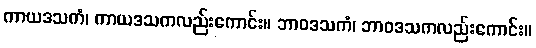
ကာယဒသကံ၊ ကာယဒသကလည်းကောင်း။ ဘာဝဒသကံ၊ ဘာဝဒသကလည်းကောင်း။